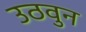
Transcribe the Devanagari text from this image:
उठवुन